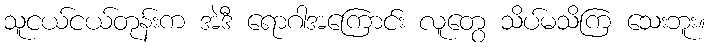
သူငယ်ငယ်တုန်းက အဲဒီ ရောဂါအကြောင်း လူတွေ သိပ်မသိကြ သေးဘူး။